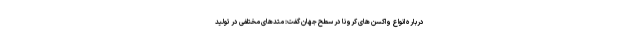
درباره انواع واکسن های کرونا در سطح جهان گفت: متدهای مختلفی در تولید